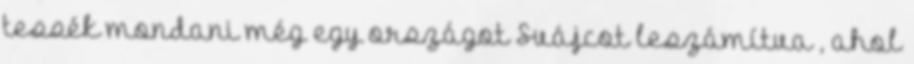
tessék mondani még egy országot Svájcot leszámítva , ahol